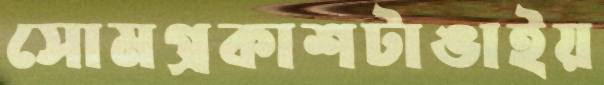
সোমপ্রকাশটাঙাইয়